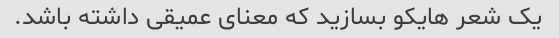
یک شعر هایکو بسازید که معنای عمیقی داشته باشد.